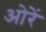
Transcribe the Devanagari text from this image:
ओरें